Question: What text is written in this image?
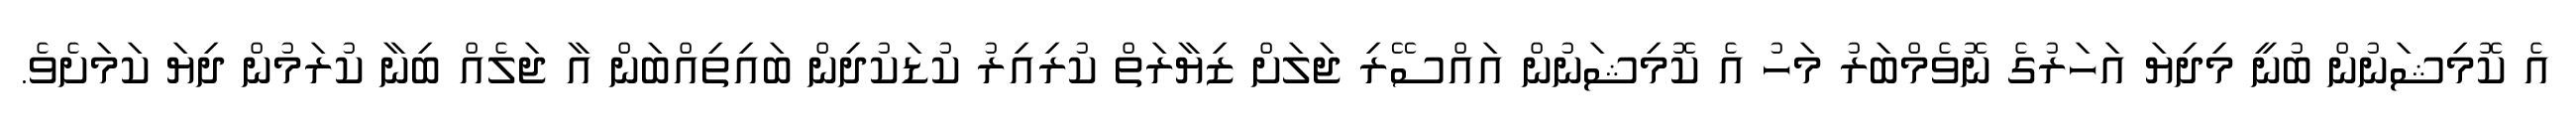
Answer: އެ ކޮމިޝަނުން ބުނީ މިދިޔަ އަހަރުގެ ނޮވެމްބަރު މަހު އެ ކޮމިޝަނުން އައްސޭރި ޖަލަށް ޒިޔާރަތް ކުރިއިރު ކުޑަކުދިން ބައިތިއްބަން އާ ޖަލެއް ބިނާ ކުރަމުން ދިޔަ ކަމަށެވެ.